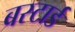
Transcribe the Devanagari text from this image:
बस्टार्ड